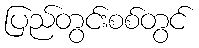
ပြည်တွင်းစစ်တွင်